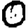
Digit: 0